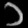
Digit: ၁